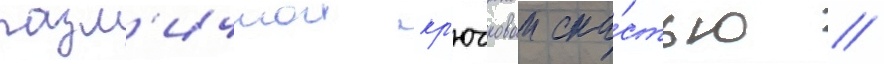
разл'ичнои кр'ючковои сна́стью //